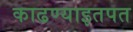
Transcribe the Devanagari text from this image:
काढण्याइतपत